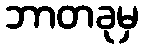
ဘာတခုမှ